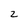
Character: 2